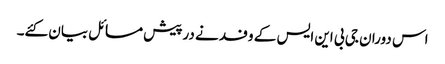
اس دوران جی بی این ایس کے وفد نے درپیش مسائل بیان کئے۔